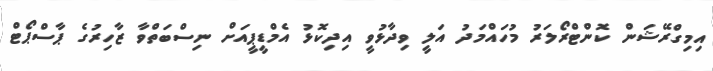
އިމިގްރޭޝަން ކޮންޓްރޯލަރު މުހައްމަދު އަލީ ވިދާޅުވީ އިދިކޮޅު އެމްޑީޕީއަށް ނިސްބަތްވާ ޒާހިރުގެ ޕާސްޕޯޓް